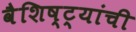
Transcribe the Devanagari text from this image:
वैशिष्ट्यांची